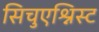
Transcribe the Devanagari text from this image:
सिचुएश्निस्ट